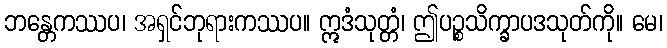
ဘန္တေကဿပ၊ အရှင်ဘုရားကဿပ။ ဣဒံသုတ္တံ၊ ဤပဉ္စသိက္ခာပဒသုတ်ကို။ မေ၊